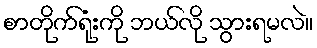
စာတိုက်ရုံးကို ဘယ်လို သွားရမလဲ။